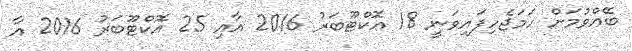
ބޭއްވުމަށް ހަމަޖެހިފައިވަނީ 18 އޮކްޓޫބަރު 2016 އާއި 25 އޮކްޓޫބަރު 2016 އާ